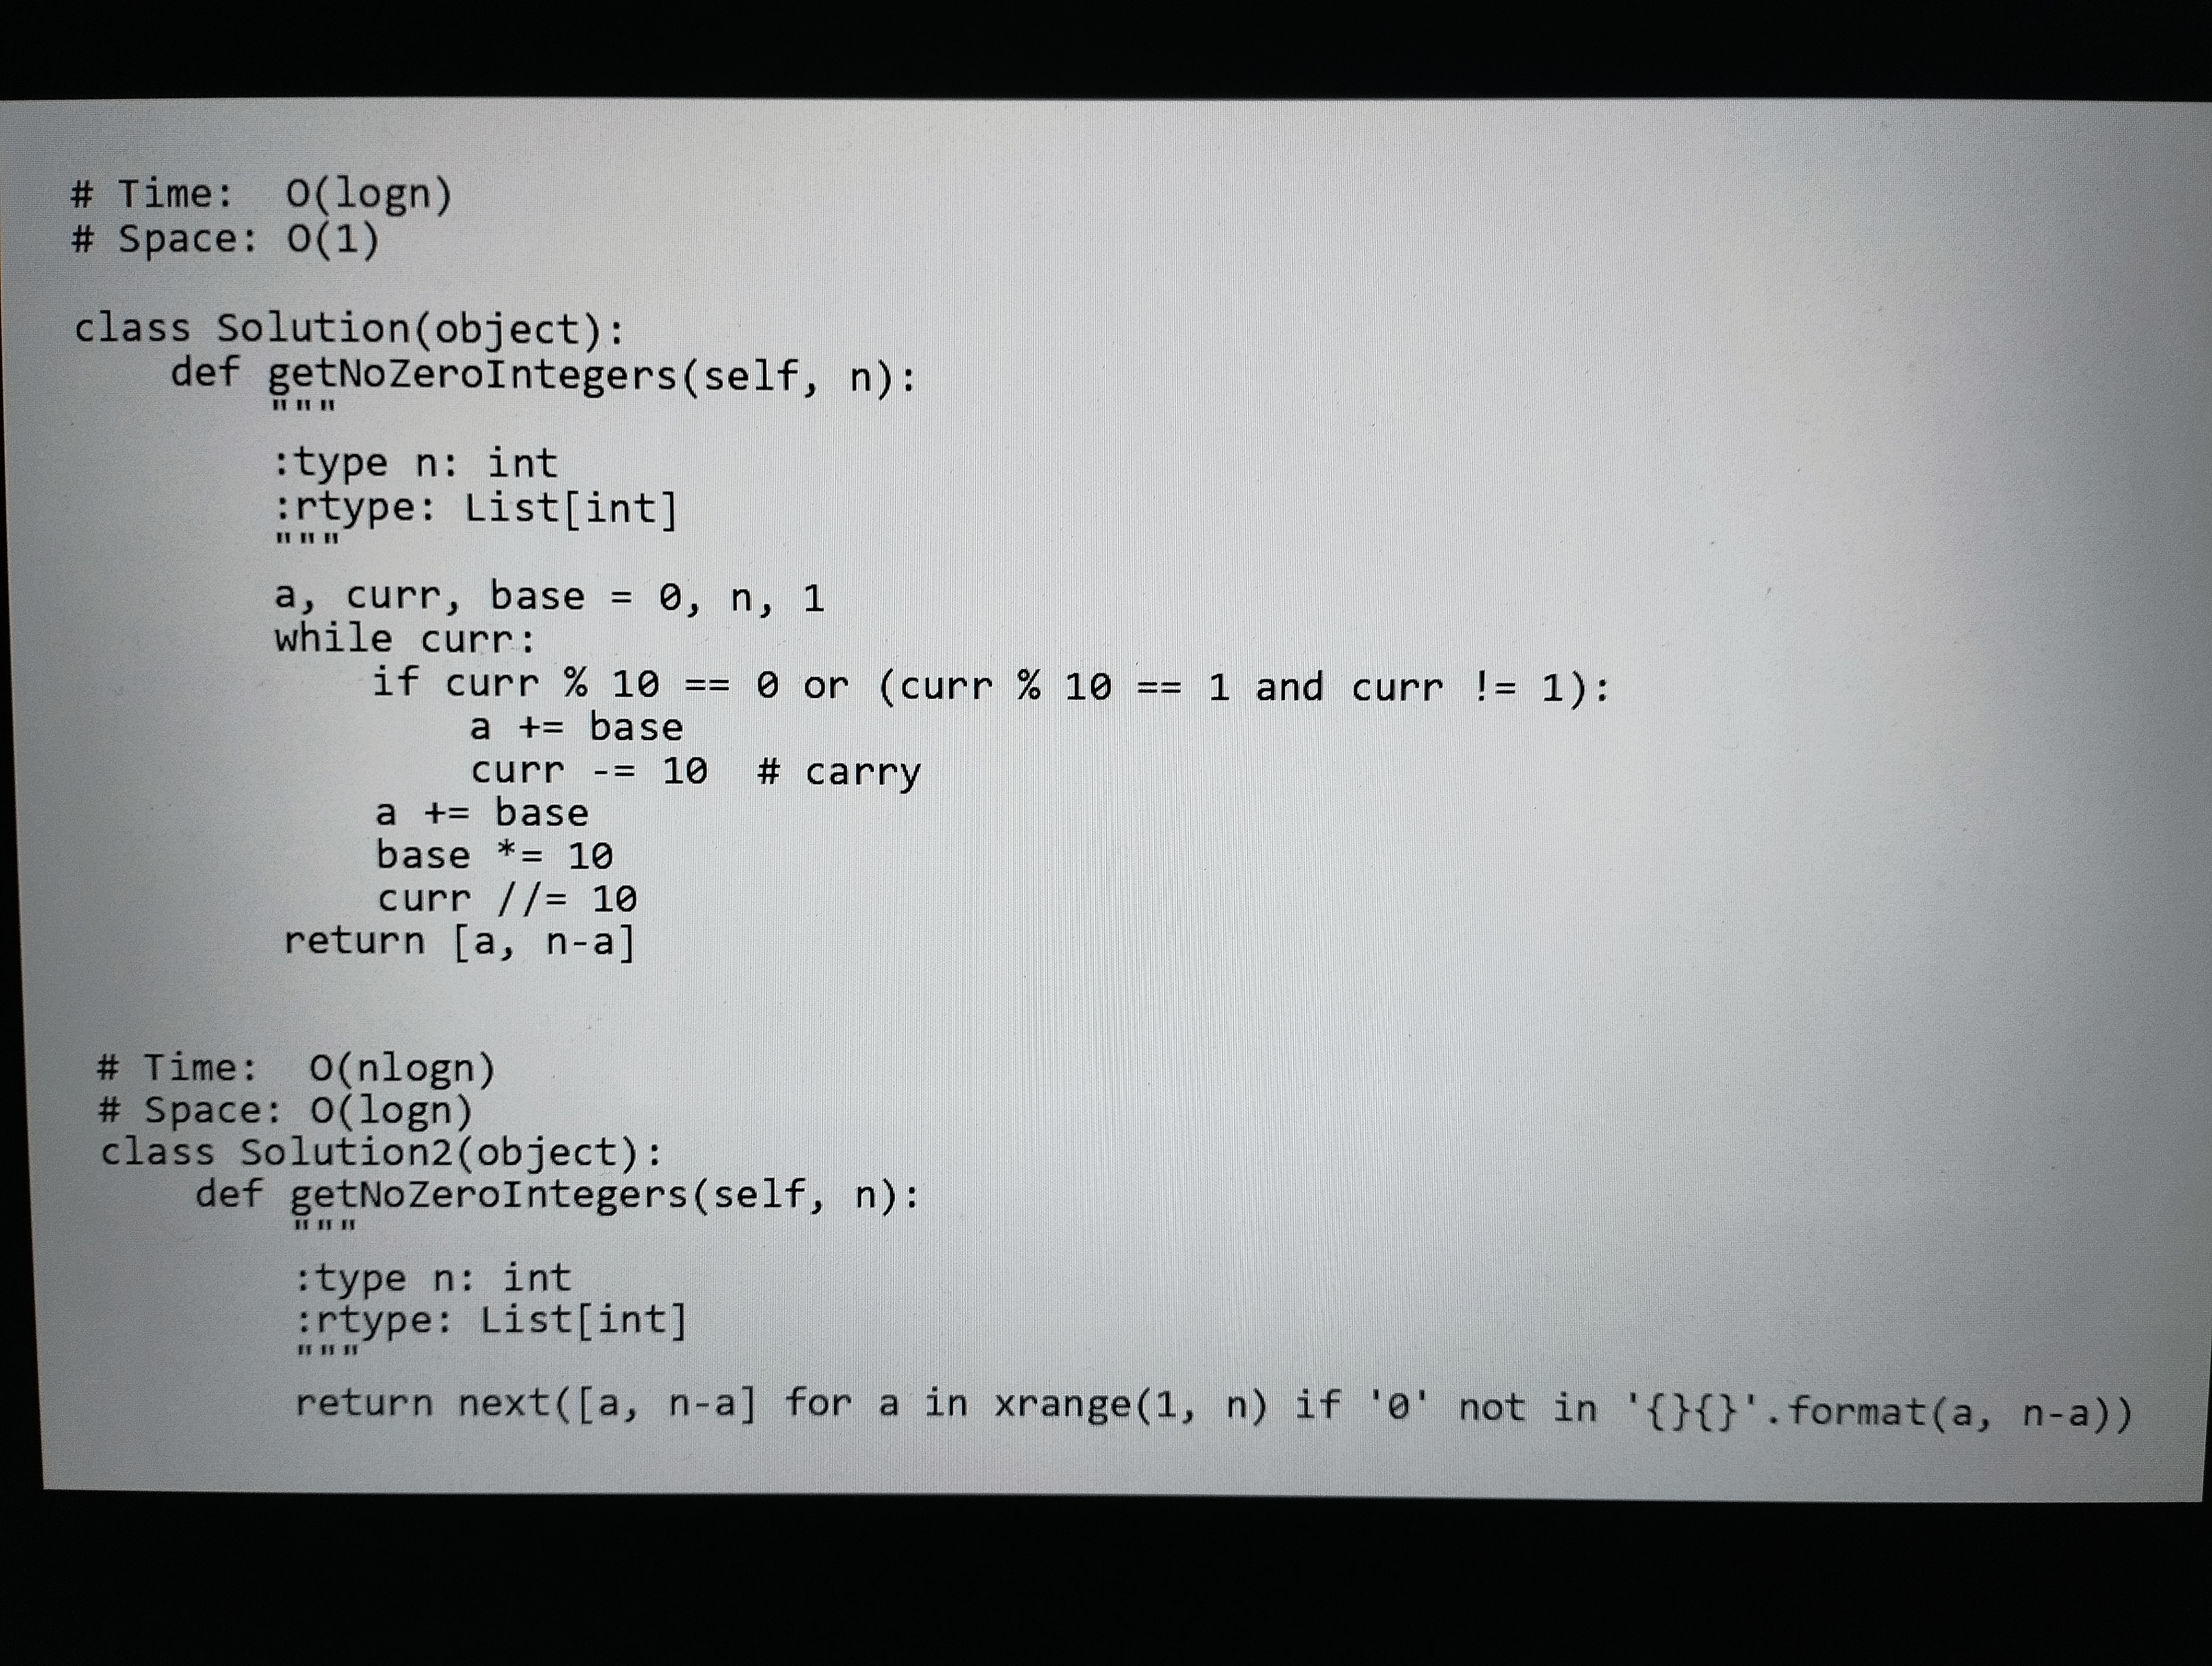
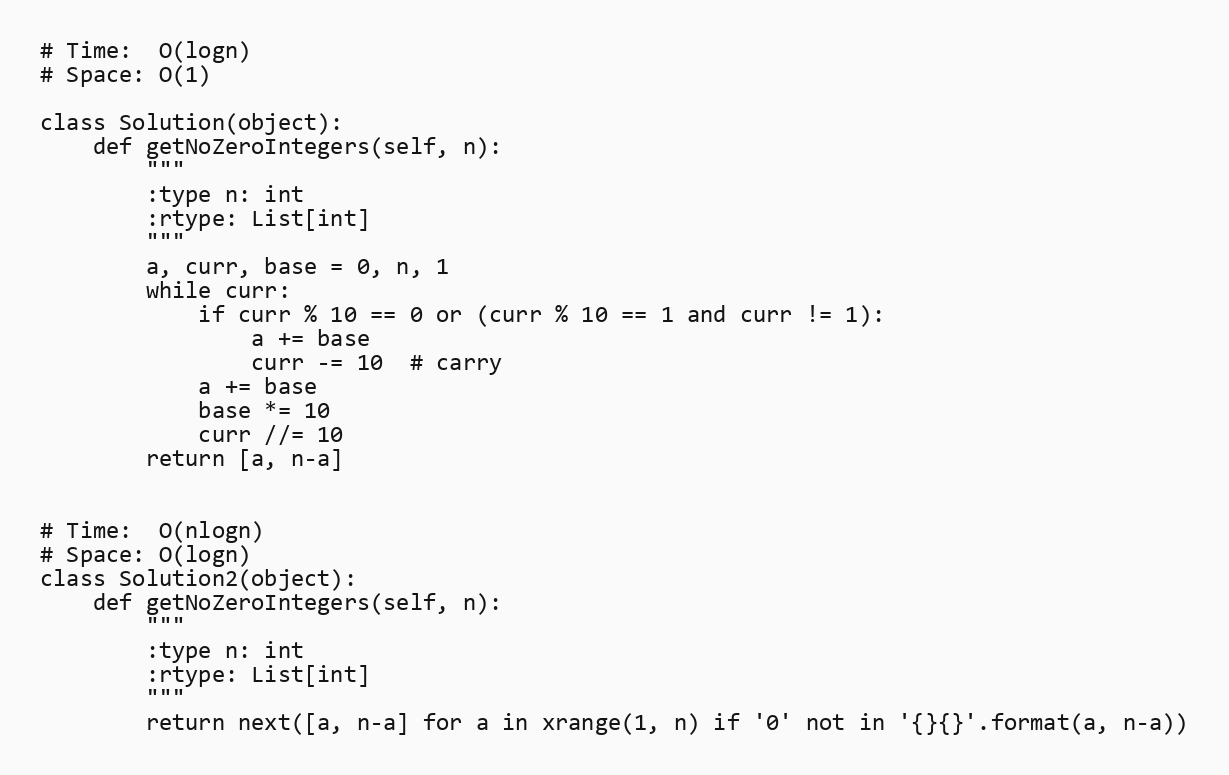
# Time:  O(logn)
# Space: O(1)

class Solution(object):
    def getNoZeroIntegers(self, n):
        """
        :type n: int
        :rtype: List[int]
        """
        a, curr, base = 0, n, 1
        while curr:
            if curr % 10 == 0 or (curr % 10 == 1 and curr != 1):
                a += base
                curr -= 10  # carry
            a += base
            base *= 10
            curr //= 10
        return [a, n-a]

# Time:  O(nlogn)
# Space: O(logn)
class Solution2(object):
    def getNoZeroIntegers(self, n):
        """
        :type n: int
        :rtype: List[int]
        """
        return next([a, n-a] for a in xrange(1, n) if '0' not in '{}{}'.format(a, n-a))